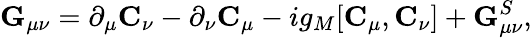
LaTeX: {\mathbf G}_{\mu\nu}=\partial_{\mu}{\mathbf C}_{\nu}-\partial_{\nu}{\mathbf C}_{\mu}-ig_{M}[{\mathbf C}_{\mu},{\mathbf C}_{\nu}]+{\mathbf G}_{\mu\nu}^{S},